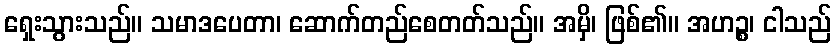
ရှေးသွားသည်။ သမာဒပေတာ၊ ဆောက်တည်စေတတ်သည်။ အမှိ၊ ဖြစ်၏။ အဟဉ္စ၊ ငါသည်